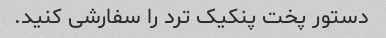
دستور پخت پنکیک ترد را سفارشی کنید.